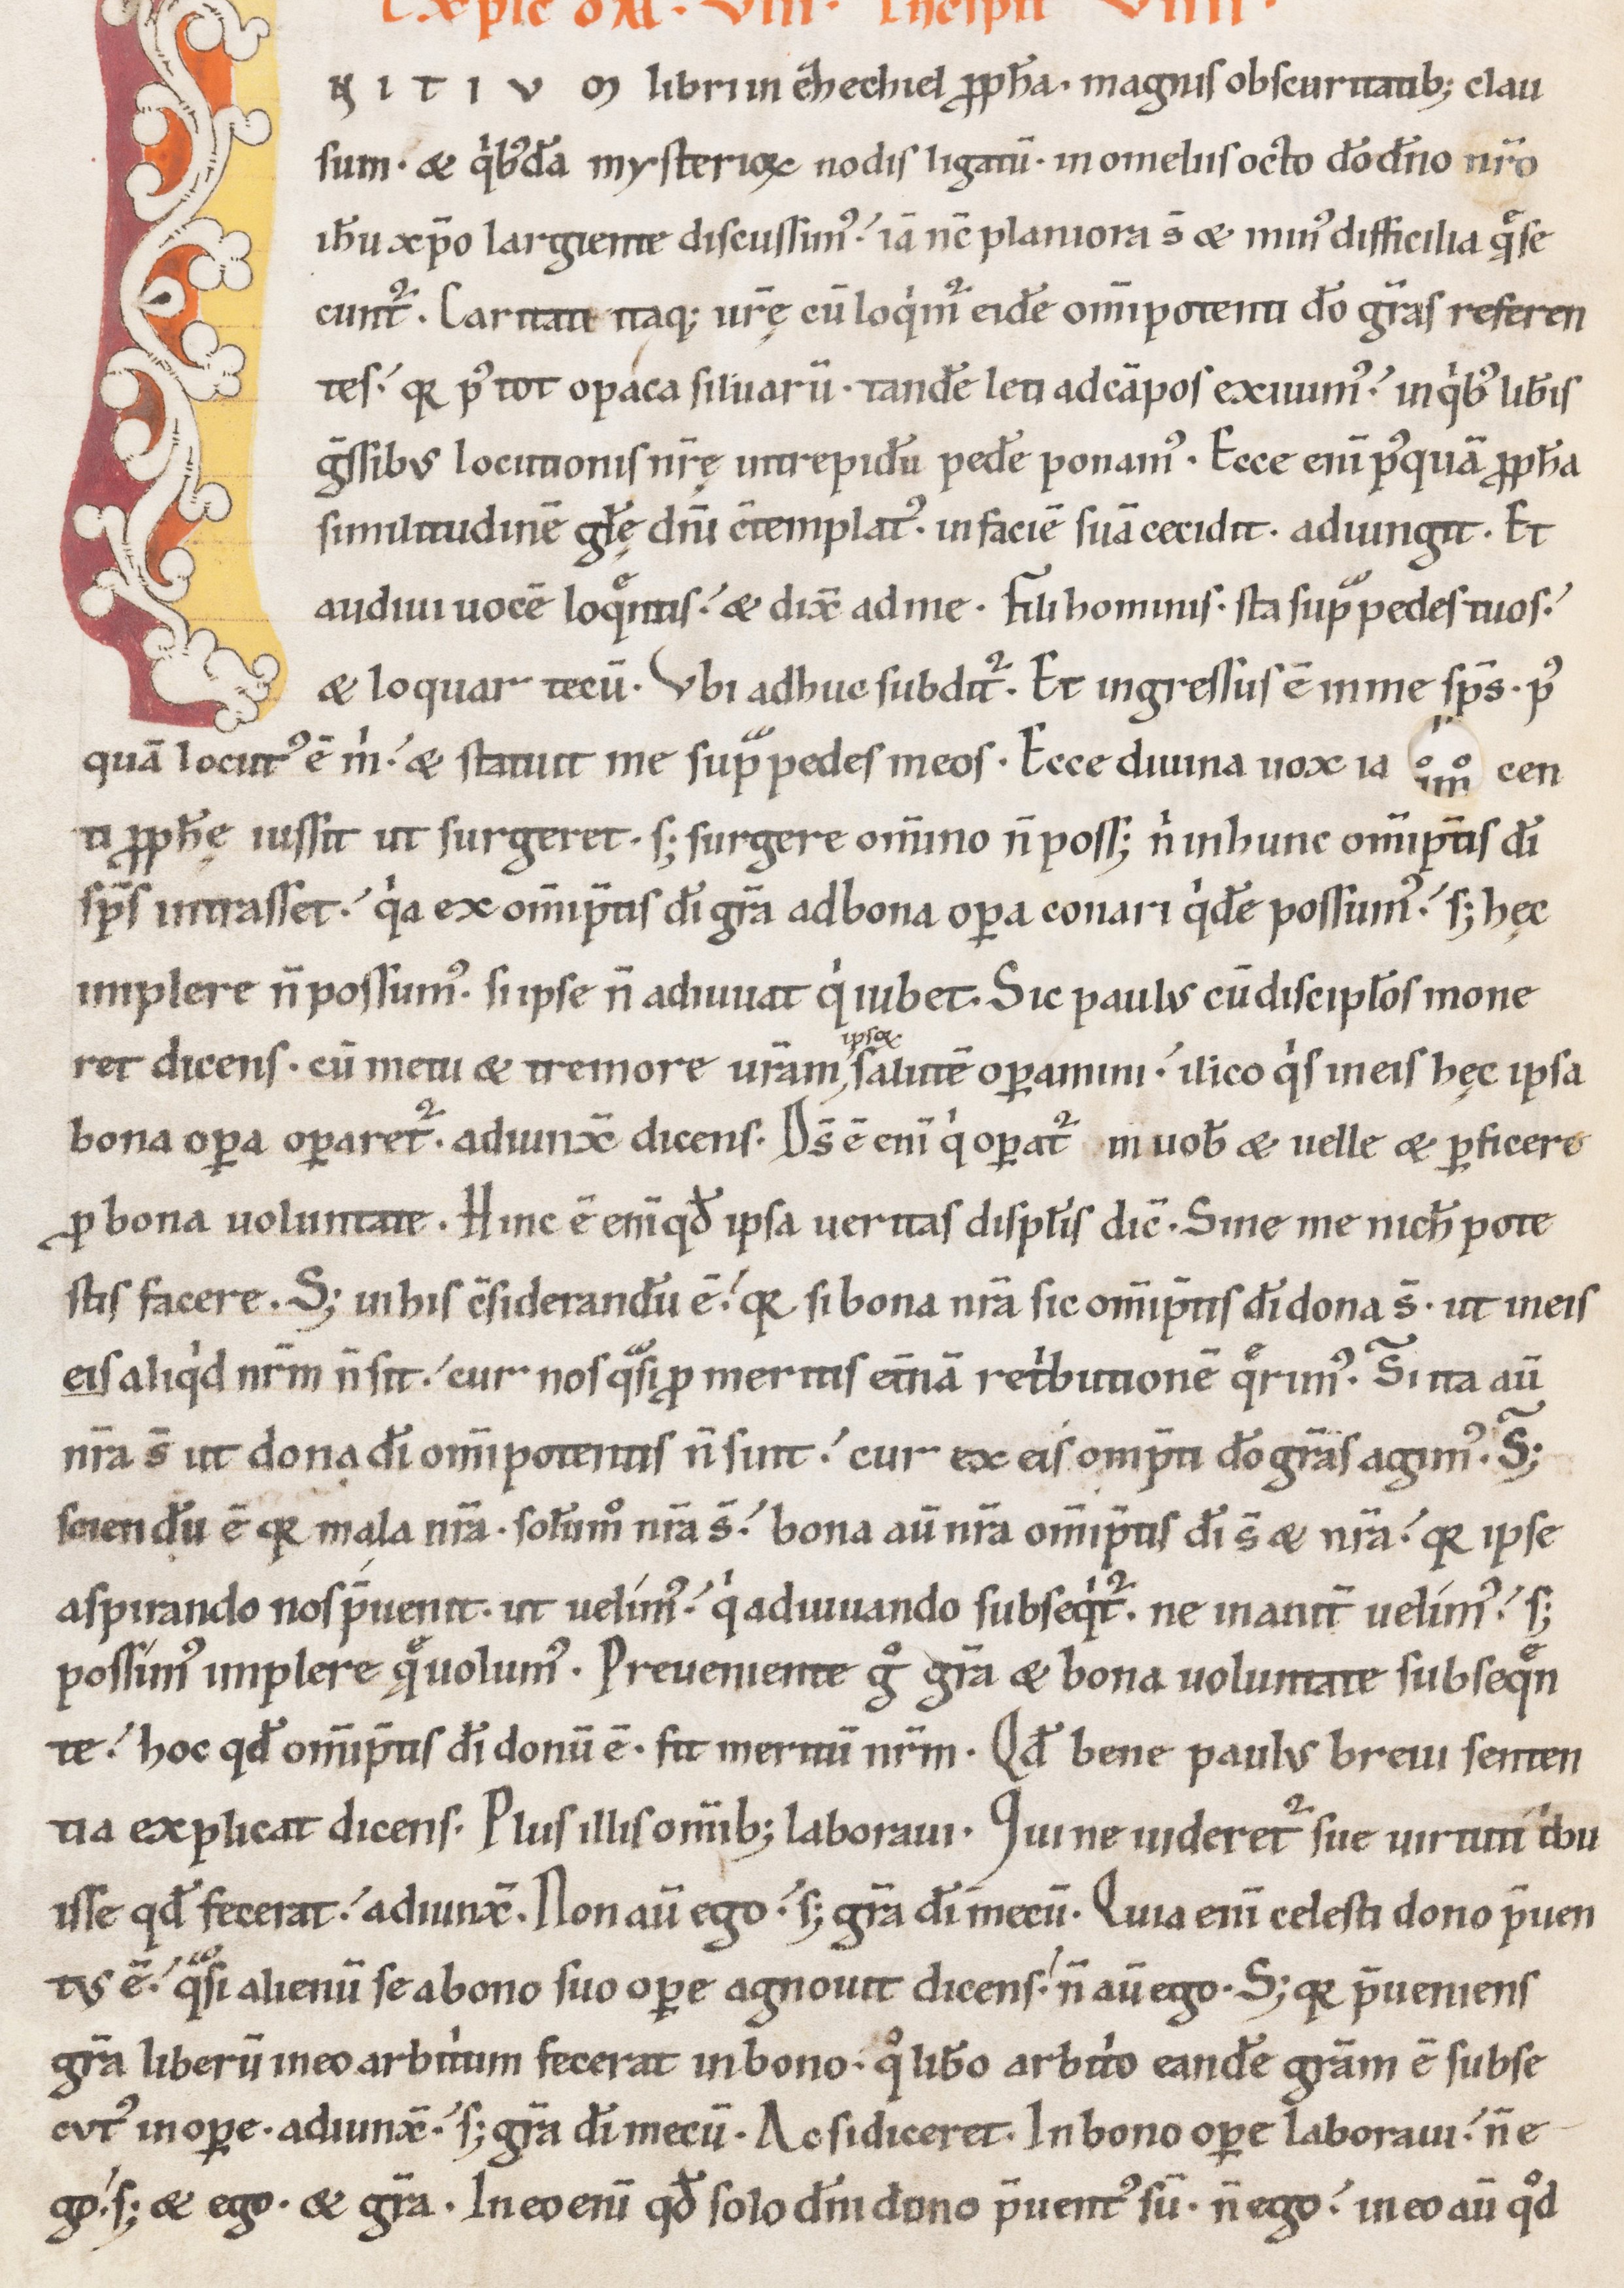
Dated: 1100–1199